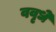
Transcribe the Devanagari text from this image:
ववृधे